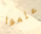
علموا